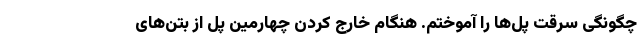
چگونگی سرقت پل‌ها را آموختم. هنگام خارج کردن چهارمین پل از بتن‌های